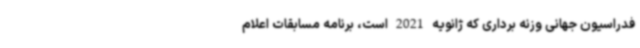
فدراسیون جهانی وزنه برداری که ژانویه 2021 است، برنامه مسابقات اعلام